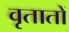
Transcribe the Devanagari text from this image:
वृतातों